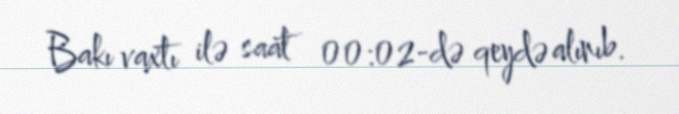
Bakı vaxtı ilə saat 00:02-də qeydə alınıb.